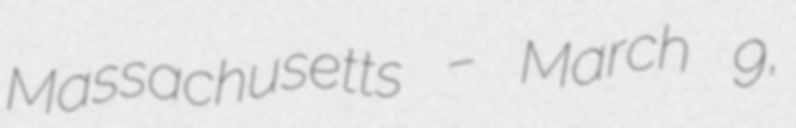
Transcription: Massachusetts – March 9,